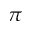
\pi